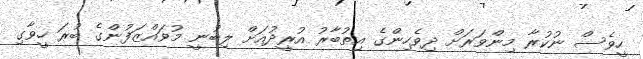
ހީވެސް ނުކުރާ މިންވަރަށް ދިވެހިންގެ އިތުބާރު އުރީދުއަށް ލިބުނީ މުވައްޒަފުންގެ ބުރަ ހީވާގި